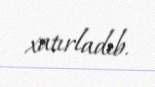
xatırladıb.